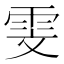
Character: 雯